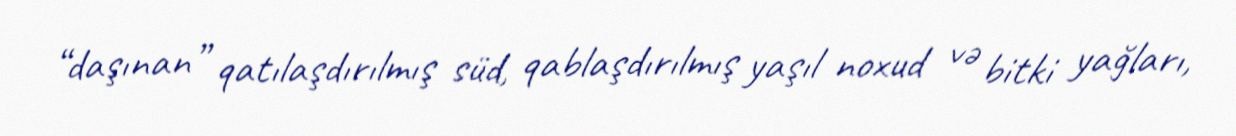
“daşınan” qatılaşdırılmış süd, qablaşdırılmış yaşıl noxud və bitki yağları,